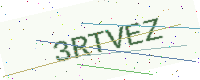
Text: 3RTVEZ